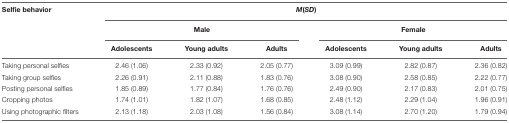
<table><thead><tr><td><b>Selfie behavior</b></td><td colspan="6"><b><i>M</i>(<i>SD</i>)</b></td></tr><tr><td></td><td colspan="3"><b>Male</b></td><td colspan="3"><b>Female</b></td></tr><tr><td></td><td><b>Adolescents</b></td><td><b>Young adults</b></td><td><b>Adults</b></td><td><b>Adolescents</b></td><td><b>Young adults</b></td><td><b>Adults</b></td></tr></thead><tbody><tr><td>Taking personal selfies</td><td>2.46 (1.06)</td><td>2.33 (0.92)</td><td>2.05 (0.77)</td><td>3.09 (0.99)</td><td>2.82 (0.87)</td><td>2.36 (0.82)</td></tr><tr><td>Taking group selfies</td><td>2.26 (0.91)</td><td>2.11 (0.88)</td><td>1.83 (0.76)</td><td>3.08 (0.90)</td><td>2.58 (0.85)</td><td>2.22 (0.77)</td></tr><tr><td>Posting personal selfies</td><td>1.85 (0.89)</td><td>1.77 (0.84)</td><td>1.76 (0.76)</td><td>2.49 (0.90)</td><td>2.17 (0.83)</td><td>2.01 (0.75)</td></tr><tr><td>Cropping photos</td><td>1.74 (1.01)</td><td>1.82 (1.07)</td><td>1.68 (0.85)</td><td>2.48 (1.12)</td><td>2.29 (1.04)</td><td>1.96 (0.91)</td></tr><tr><td>Using photographic filters</td><td>2.13 (1.18)</td><td>2.03 (1.08)</td><td>1.56 (0.84)</td><td>3.08 (1.14)</td><td>2.70 (1.20)</td><td>1.79 (0.94)</td></tr></tbody></table>